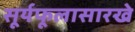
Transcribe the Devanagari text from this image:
सूर्यफूलासारखे